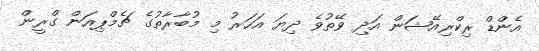
އެންޑް ރިކްރިއޭޝަން އަދި ވޭތުވެ ދިޔަ އަހަރު މި މުބާރާތުގެ ޗެމްޕިއަން ގްރީން